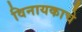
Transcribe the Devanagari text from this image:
विनायकाचे